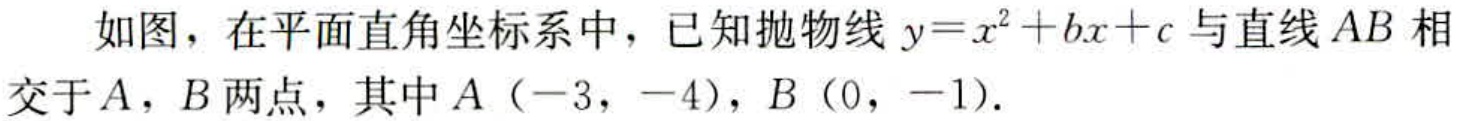
如图，在平面直角坐标系中，已知抛物线\(y = x^{2}+bx + c\)与直线\(AB\)相交于\(A\)，\(B\)两点，其中\(A(-3,-4)\)，\(B(0,-1)\).